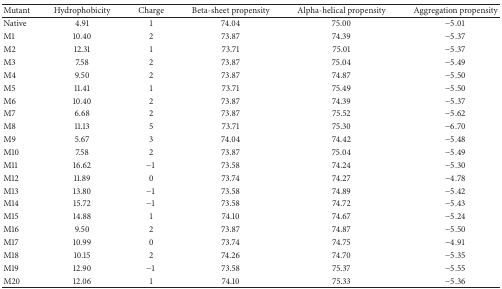
<table><thead><tr><td><b>Mutant</b></td><td><b>Hydrophobicity</b></td><td><b>Charge</b></td><td><b>Beta-sheet propensity</b></td><td><b>Alpha-helical propensity</b></td><td><b>Aggregation propensity</b></td></tr></thead><tbody><tr><td>Native</td><td>4.91</td><td>1</td><td>74.04</td><td>75.00</td><td>−5.01</td></tr><tr><td>M1</td><td>10.40</td><td>2</td><td>73.87</td><td>74.39</td><td>−5.37</td></tr><tr><td>M2</td><td>12.31</td><td>1</td><td>73.71</td><td>75.01</td><td>−5.37</td></tr><tr><td>M3</td><td>7.58</td><td>2</td><td>73.87</td><td>75.04</td><td>−5.49</td></tr><tr><td>M4</td><td>9.50</td><td>2</td><td>73.87</td><td>74.87</td><td>−5.50</td></tr><tr><td>M5</td><td>11.41</td><td>1</td><td>73.71</td><td>75.49</td><td>−5.50</td></tr><tr><td>M6</td><td>10.40</td><td>2</td><td>73.87</td><td>74.39</td><td>−5.37</td></tr><tr><td>M7</td><td>6.68</td><td>2</td><td>73.87</td><td>75.52</td><td>−5.62</td></tr><tr><td>M8</td><td>11.13</td><td>5</td><td>73.71</td><td>75.30</td><td>−6.70</td></tr><tr><td>M9</td><td>5.67</td><td>3</td><td>74.04</td><td>74.42</td><td>−5.48</td></tr><tr><td>M10</td><td>7.58</td><td>2</td><td>73.87</td><td>75.04</td><td>−5.49</td></tr><tr><td>M11</td><td>16.62</td><td>−1</td><td>73.58</td><td>74.24</td><td>−5.30</td></tr><tr><td>M12</td><td>11.89</td><td>0</td><td>73.74</td><td>74.27</td><td>−4.78</td></tr><tr><td>M13</td><td>13.80</td><td>−1</td><td>73.58</td><td>74.89</td><td>−5.42</td></tr><tr><td>M14</td><td>15.72</td><td>−1</td><td>73.58</td><td>74.72</td><td>−5.43</td></tr><tr><td>M15</td><td>14.88</td><td>1</td><td>74.10</td><td>74.67</td><td>−5.24</td></tr><tr><td>M16</td><td>9.50</td><td>2</td><td>73.87</td><td>74.87</td><td>−5.50</td></tr><tr><td>M17</td><td>10.99</td><td>0</td><td>73.74</td><td>74.75</td><td>−4.91</td></tr><tr><td>M18</td><td>10.15</td><td>2</td><td>74.26</td><td>74.70</td><td>−5.35</td></tr><tr><td>M19</td><td>12.90</td><td>−1</td><td>73.58</td><td>75.37</td><td>−5.55</td></tr><tr><td>M20</td><td>12.06</td><td>1</td><td>74.10</td><td>75.33</td><td>−5.36</td></tr></tbody></table>